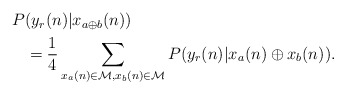
\begin{align*} \begin{aligned}P&(y_r(n) |x_{a\oplus b}(n)) \\& = \frac{1}{4} \sum_{x_a(n) \in \mathcal{M}, x_b(n) \in \mathcal{M}} P(y_r(n)|x_a(n) \oplus x_b(n)).\end{aligned}\end{align*}